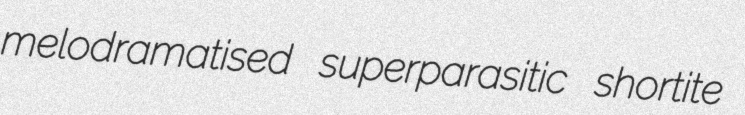
melodramatised superparasitic shortite